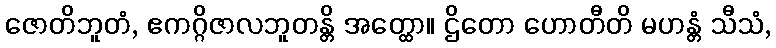
ဇောတိဘူတံ, ဧကဂ္ဂိဇာလဘူတန္တိ အတ္ထော။ ဌိတော ဟောတီတိ မဟန္တံ သီသံ,